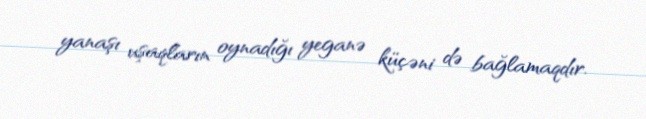
yanaşı uşaqların oynadığı yeganə küçəni də bağlamaqdır.